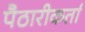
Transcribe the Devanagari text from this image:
पैठारीकर्ता